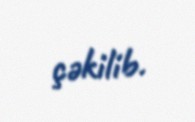
çəkilib.